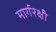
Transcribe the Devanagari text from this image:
मार्गरक्षी